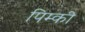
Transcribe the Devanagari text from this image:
पिम्की